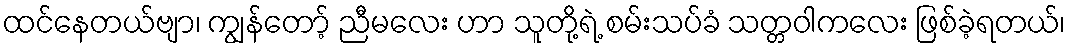
ထင်နေတယ်ဗျာ၊ ကျွန်တော့် ညီမလေး ဟာ သူတို့ရဲ့ စမ်းသပ်ခံ သတ္တဝါကလေး ဖြစ်ခဲ့ရတယ်၊